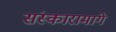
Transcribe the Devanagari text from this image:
संस्कारामागे